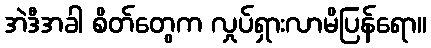
အဲဒီအခါ စိတ်တွေက လှုပ်ရှားလာမိပြန်ရော။